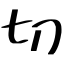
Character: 切